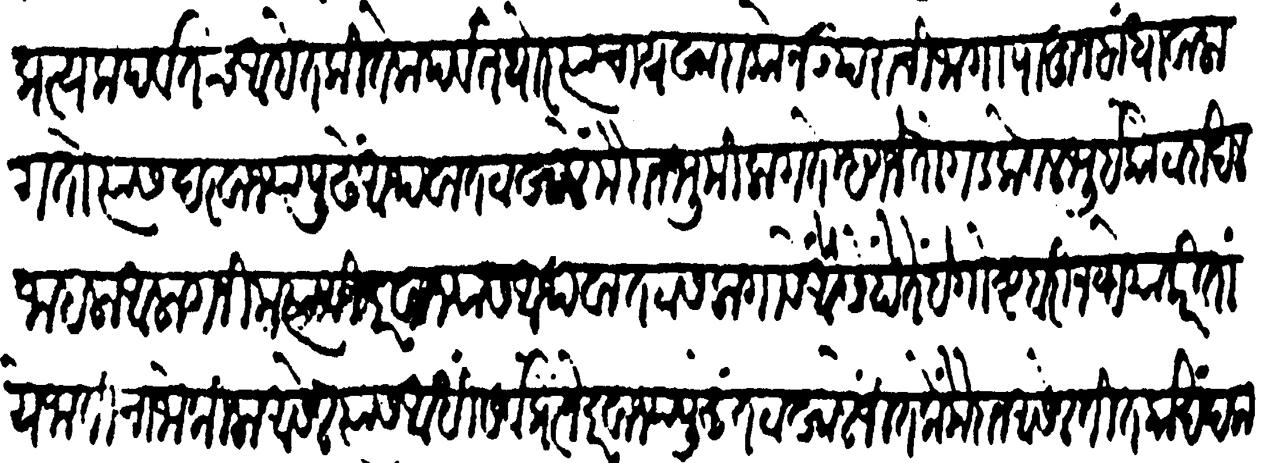
Transliteration (Devanagari): प्रत्यक पर्वतच आहेत कितेक पर्वत थोर त्याचा यखादा कोन उपराची जागा पाहून बांधावा लागतो त्यास दरवाज्यापुढें अथवा तटाखालें मैदान भूमि लागते म्हणजे तो गड वेवळ भूईकोटादाखल जाहला आला गनीम त्याने दरवाज्यास अथवा तटास लागावे यैसें होते हे गोष्ट बरी नव्हे याकरिता ये जातीचा जो किल्ला आसेल त्याआधी सर्व प्रेत्ने दत्वाज्यापुढे ताटाखाले जितके मैदान असेल तितका खंदक